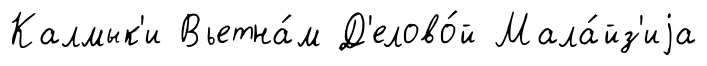
Калмык'и Вьетна́м Д'елово́й Мала́йз'иjа